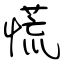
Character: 慌